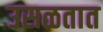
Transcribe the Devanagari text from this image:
उसळतात